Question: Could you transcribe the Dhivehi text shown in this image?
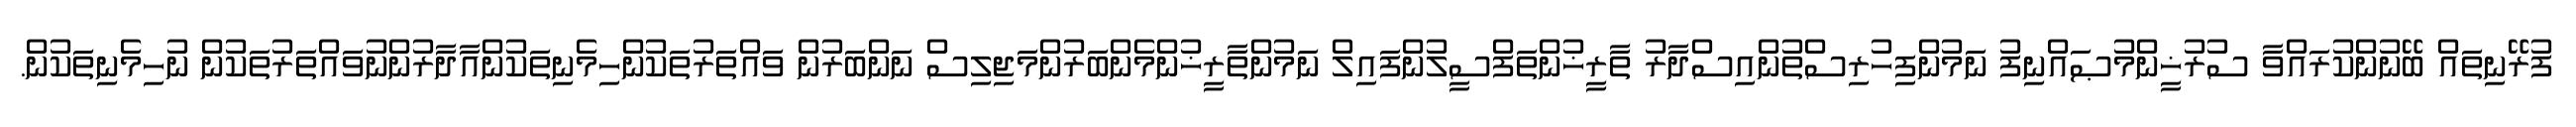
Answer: ފުރޭނިތައް ބޭނުންކުރައްވާ ސުރުޚީންމުޞައްނިފު ނަމުންފިހުރިސްތުންއިސްދާރު ތާރީޚުންތަފްސީލުންފައިލް ނަމުންތާރީޚުންމެންބަރުންމަޖިލިސް ނަންބަރުން ވައްތަރުތަކުންހިމެނިތަކުންއާދާރުންނުވައްތަރުތަކުން ނުހިމެނިތަކުން.